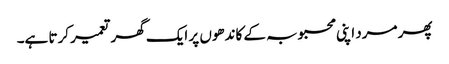
پھر مرد اپنی محبوبہ کے کاندھوں پر ایک گھر تعمیر کرتا ہے۔